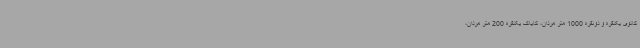
کانوی یکنفره و دونفره 1000 متر مردان، کایاک یکنفره 200 متر مردان،